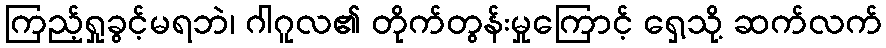
ကြည့်ရှုခွင့်မရဘဲ၊ ဂါဂူလ၏ တိုက်တွန်းမှုကြောင့် ရှေ့သို့ ဆက်လက်